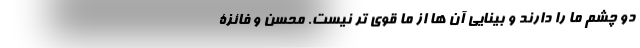
دو چشم ما را دارند و بینایی آن ها از ما قوی تر نیست. محسن و فائزۀ